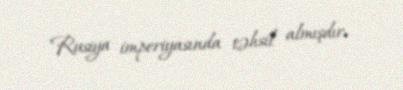
Rusiya imperiyasında təhsil almışdır.